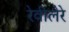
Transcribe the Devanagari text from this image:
रेवीलेरे